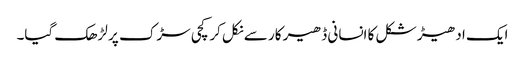
ایک ادھیڑ شکل کا انسانی ڈھیر کار سے نکل کر کچی سڑک پر لڑھک گیا۔